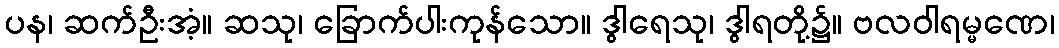
ပန၊ ဆက်ဦးအံ့။ ဆသု၊ ခြောက်ပါးကုန်သော။ ဒွါရေသု၊ ဒွါရတို့၌။ ဗလဝါရမ္မဏေ၊